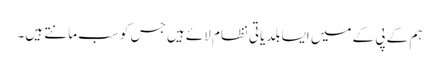
ہم کے پی کے میں ایسا بلدیاتی نظام لائے ہیں جس کو سب مانتے ہیں۔